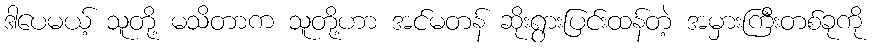
ဒါပေမယ့် သူတို့ မသိတာက သူတို့ဟာ အင်မတန် ဆိုးရွားပြင်းထန်တဲ့ အမှားကြီးတစ်ခုကို